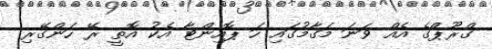
ގްރޫޕްގެ އެއް ވަނަ މަގާމުގައި ހަ ޕޮއިންޓާ އެކު އޮތީ ރޭ ހަންގޭރި